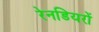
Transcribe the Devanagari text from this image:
रेनडियरों